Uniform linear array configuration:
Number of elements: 64
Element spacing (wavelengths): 0.75
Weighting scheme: exponential
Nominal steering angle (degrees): -30
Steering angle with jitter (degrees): -29.297
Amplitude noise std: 0.05
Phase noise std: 0.05

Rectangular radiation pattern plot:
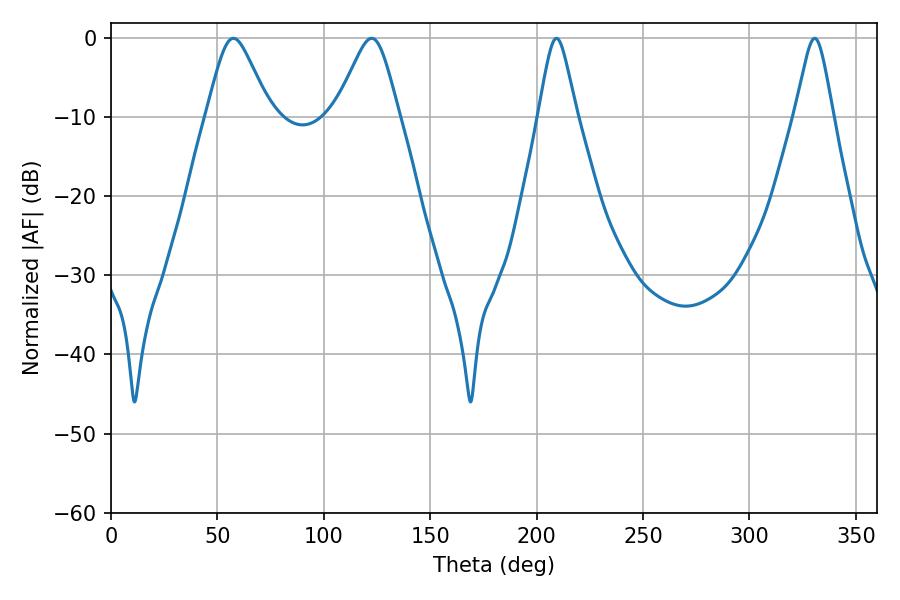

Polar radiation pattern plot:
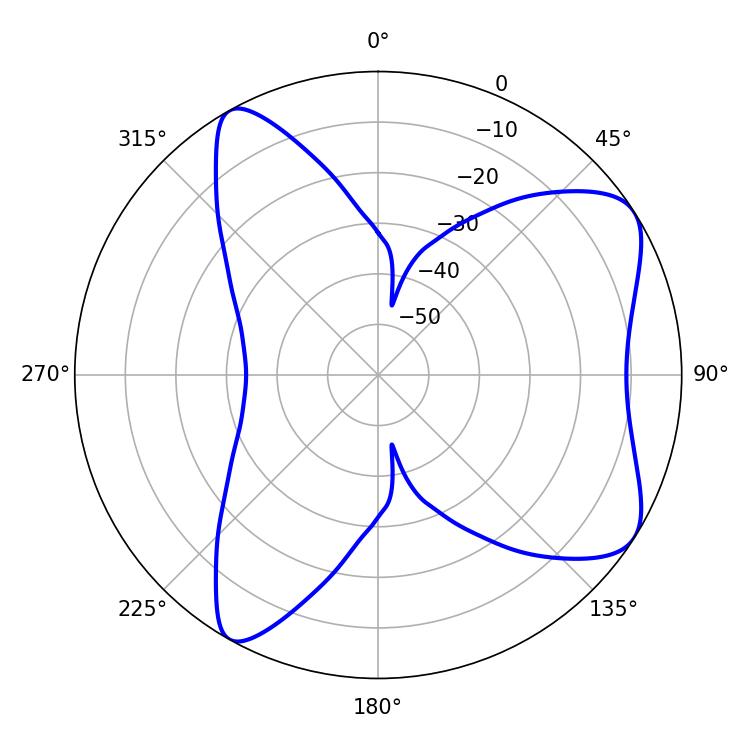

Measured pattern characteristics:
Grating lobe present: TRUE
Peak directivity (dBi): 7.437
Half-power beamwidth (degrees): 8.64
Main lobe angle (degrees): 209.34